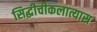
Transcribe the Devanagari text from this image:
सिद्धीचीकलात्यास